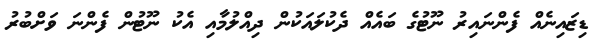
ޑިޒައިނެއް ފެންނައިރު ނޫޓުގެ ބައެއް ދެކުލައަކުން ދިއްލުމާއި އެކު ނޫޓުން ފެންނަ ވަށްބުރު